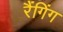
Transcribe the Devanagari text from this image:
रैंगिंग